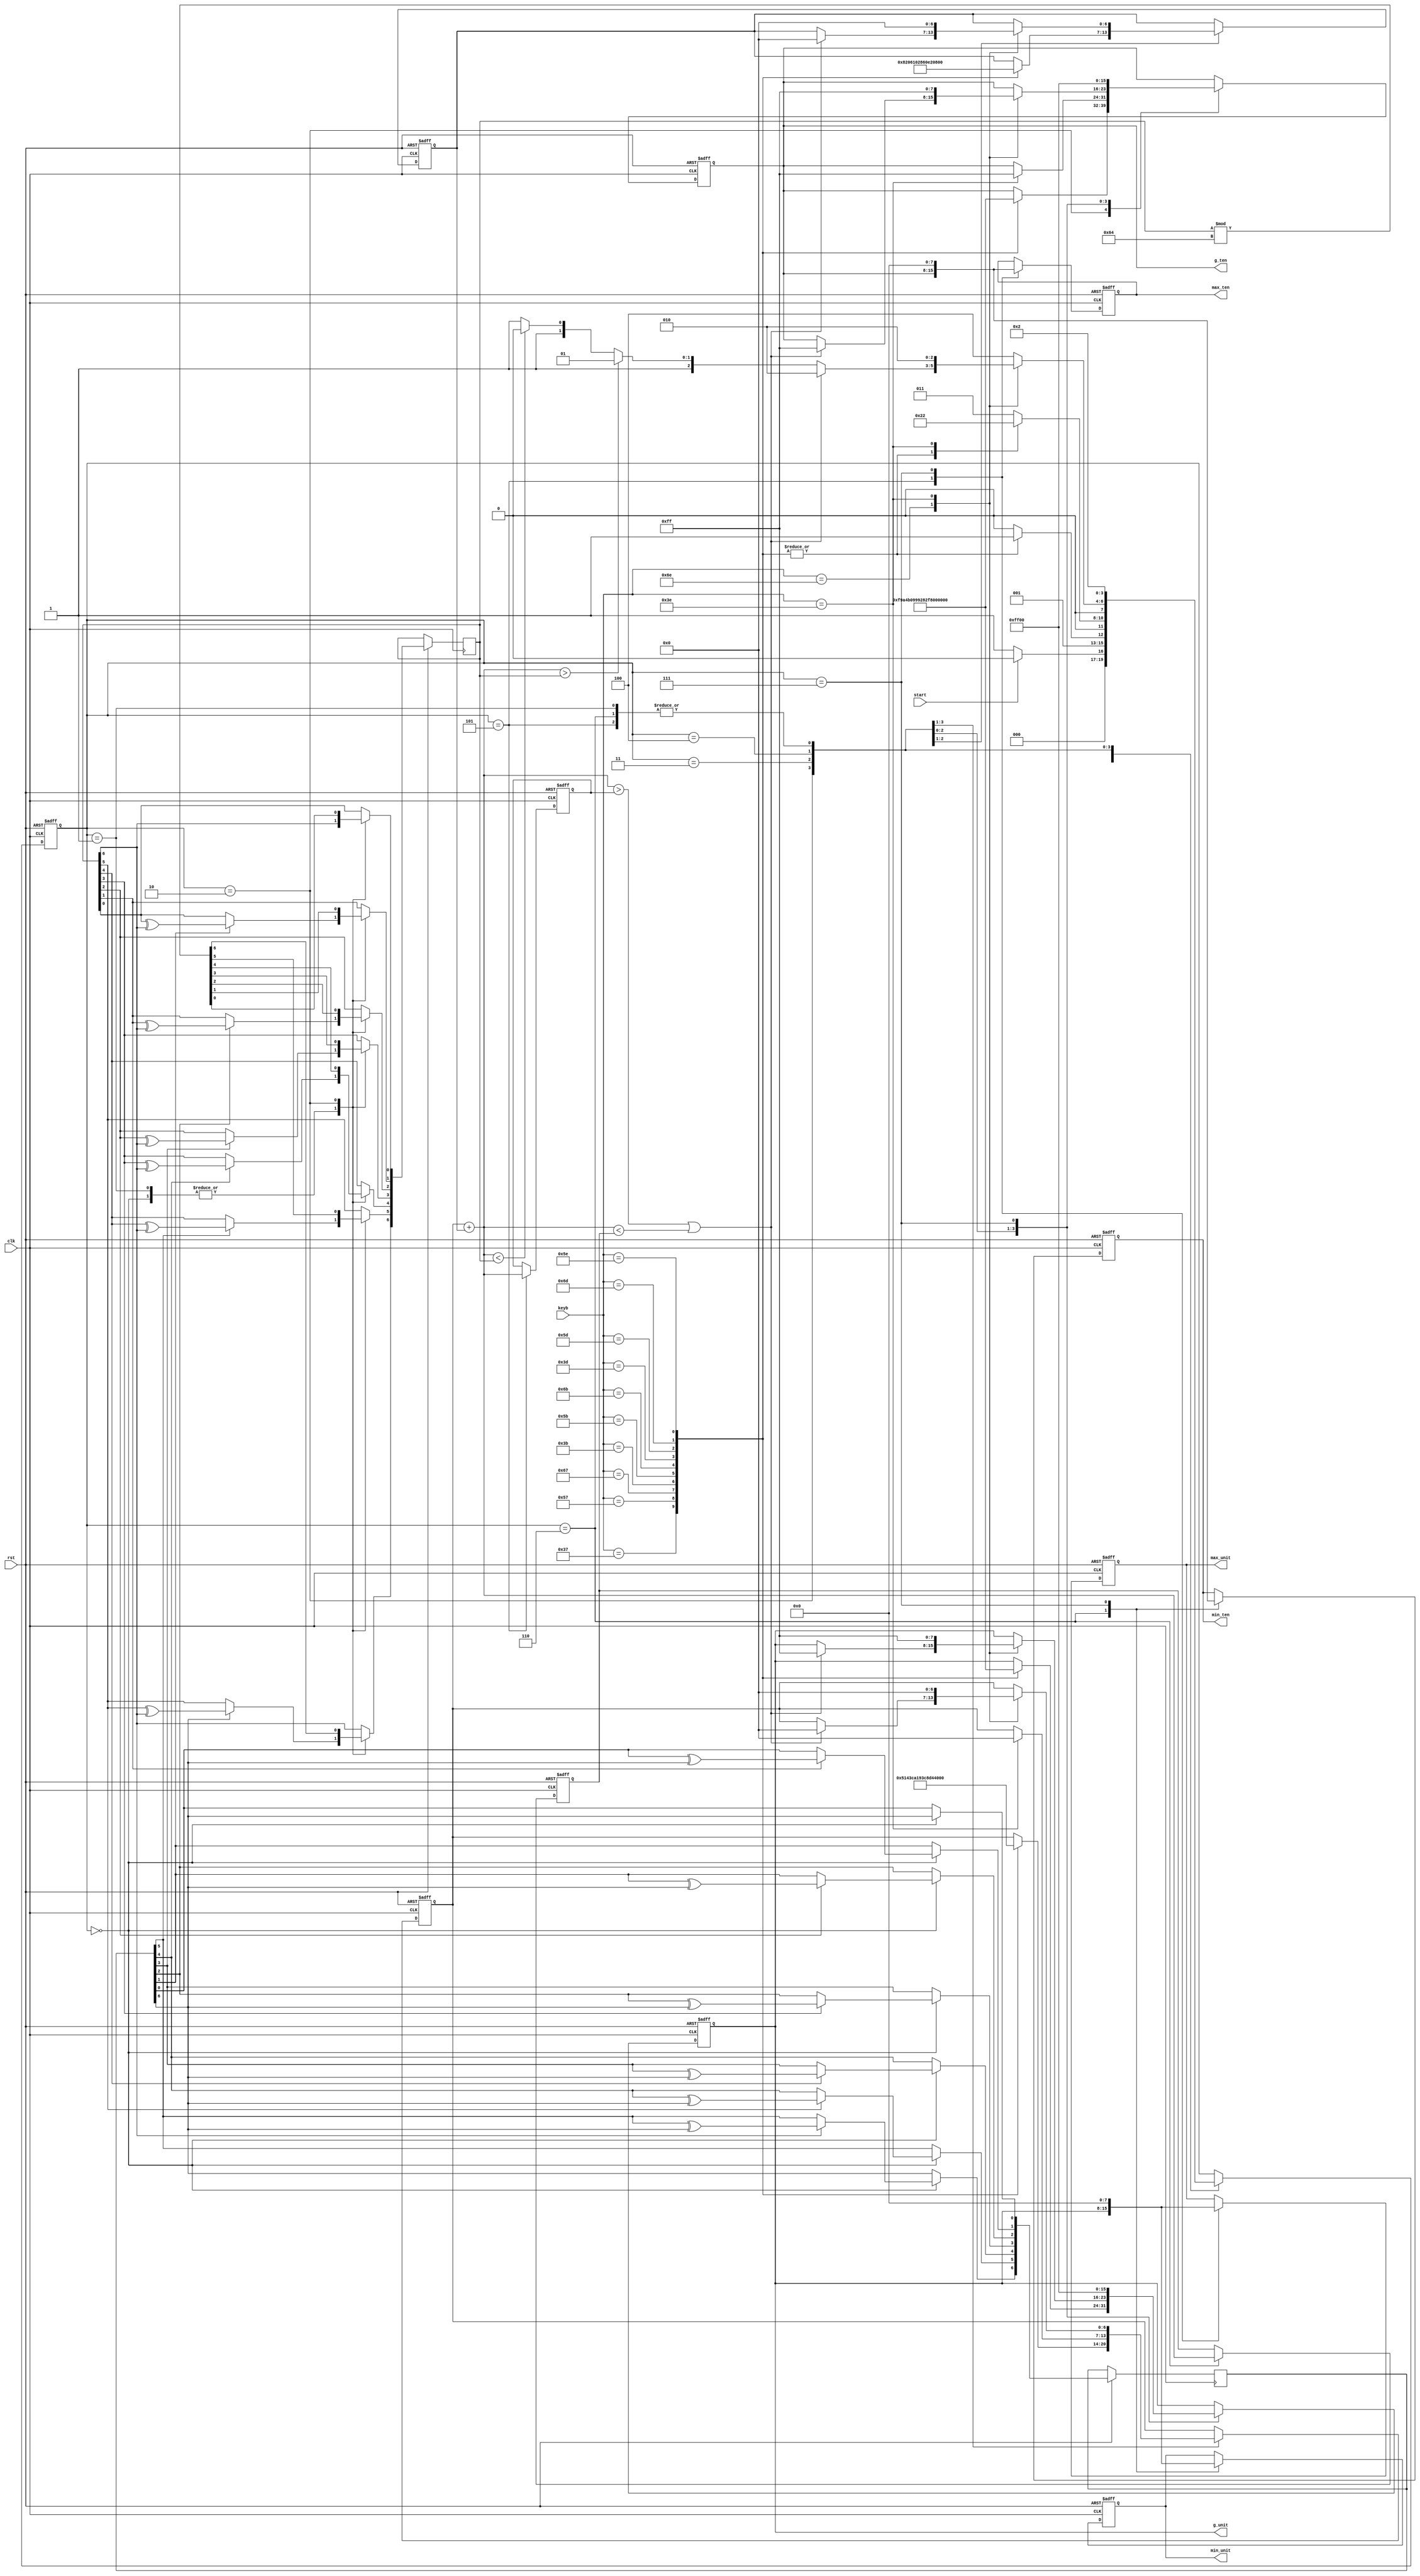
module gn(clk,rst,start,keyb,max_ten,max_unit,min_ten,min_unit,g_ten,g_unit);
input clk,rst,start;
input [6:0]keyb;
output reg [7:0]max_ten,max_unit,min_ten,min_unit,g_ten,g_unit;
reg [6:0]max_number,min_number,g_number_ten,g_number_unit;
reg [6:0]c_number=7'd43;
reg [3:0]state;
reg [6:0]seed=7'd93;
parameter zero=8'hC0,
		  one=8'hF9,
		  two=8'hA4,
		  three=8'hB0,
		  four=8'h99,
		  five=8'h92,
		  six=8'h82,
		  seven=8'hF8,
		  eight=8'h80,
		  nine=8'h90,
		  blank=8'hFF;

always @(posedge clk or negedge rst)
begin
	if(!rst)
	begin
		max_number=7'd99;
		min_number=7'd0;
		g_number_ten=7'd0;
		g_number_unit=7'd0;
		max_ten=nine;
		max_unit=nine;
		min_ten=zero;
		min_unit=zero;
		g_ten=8'd0;
		g_unit=8'd0;
		state=4'd0;
	end
	else
	begin
		case(state)
			4'd0:
			begin
				seed[0] <= seed[6];
				seed[1] <= (c_number[1])? seed[0]^seed[6]:seed[0];
				seed[2] <= (c_number[2])? seed[1]^seed[6]:seed[1];
				seed[3] <= (c_number[3])? seed[2]^seed[6]:seed[2];
				seed[4] <= (c_number[4])? seed[3]^seed[6]:seed[3];
				seed[5] <= (c_number[5])? seed[4]^seed[6]:seed[4];
				seed[6] <= (c_number[6])? seed[5]^seed[6]:seed[5];
				c_number[0] <= c_number[6];
				c_number[1] <= (seed[1])? c_number[0]^c_number[6]:c_number[0];
				c_number[2] <= (seed[2])? c_number[1]^c_number[6]:c_number[1];
				c_number[3] <= (seed[3])? c_number[2]^c_number[6]:c_number[2];
				c_number[4] <= (seed[4])? c_number[3]^c_number[6]:c_number[3];
				c_number[5] <= (seed[5])? c_number[4]^c_number[6]:c_number[4];
				c_number[6] <= (seed[6])? c_number[5]^c_number[6]:c_number[5];
				state = (start)? 4'd0:4'd1;
			end
			4'd1:
			begin
				c_number[0] <= c_number[6];
				c_number[1] <= (seed[1])? c_number[0]^c_number[6]:c_number[0];
				c_number[2] <= (seed[2])? c_number[1]^c_number[6]:c_number[1];
				c_number[3] <= (seed[3])? c_number[2]^c_number[6]:c_number[2];
				c_number[4] <= (seed[4])? c_number[3]^c_number[6]:c_number[3];
				c_number[5] <= (seed[5])? c_number[4]^c_number[6]:c_number[4];
				c_number[6] <= (seed[6])? c_number[5]^c_number[6]:c_number[5];
				g_ten=blank;
				g_unit=blank;
				state = 4'd2;
			end
			4'd2:
			begin
				c_number <= c_number%100;
				case(keyb)
					7'b0110111:
					begin
						g_number_ten=7'd10;
						g_ten=one;
						state=4'd3;
					end
					7'b1010111:
					begin
						g_number_ten=7'd20;
						g_ten=two;
						state=4'd3;
					end
					7'b1100111:
					begin
						g_number_ten=7'd30;
						g_ten=three;
						state=4'd3;
					end
					7'b0111011:
					begin
						g_number_ten=7'd40;
						g_ten=four;
						state=4'd3;
					end
					7'b1011011:
					begin
						g_number_ten=7'd50;
						g_ten=five;
						state=4'd3;
					end
					7'b1101011:
					begin
						g_number_ten=7'd60;
						g_ten=six;
						state=4'd3;
					end
					7'b0111101:
					begin
						g_number_ten=7'd70;
						g_ten=seven;
						state=4'd3;
					end
					7'b1011101:
					begin
						g_number_ten=7'd80;
						g_ten=eight;
						state=4'd3;
					end
					7'b1101101:
					begin
						g_number_ten=7'd90;
						g_ten=nine;
						state=4'd3;
					end
					7'b1011110:
					begin
						g_number_ten=7'd0;
						g_ten=zero;
						state=4'd3;
					end
					default: state=4'd2;
				endcase
			end
			4'd3:
			begin
				case(keyb)
					7'b0110111:
					begin
						g_number_unit=7'd1;
						g_unit=one;
						state=4'd4;
					end
					7'b1010111:
					begin
						g_number_unit=7'd2;
						g_unit=two;
						state=4'd4;
					end
					7'b1100111:
					begin
						g_number_unit=7'd3;
						g_unit=three;
						state=4'd4;
					end
					7'b0111011:
					begin
						g_number_unit=7'd4;
						g_unit=four;
						state=4'd4;
					end
					7'b1011011:
					begin
						g_number_unit=7'd5;
						g_unit=five;
						state=4'd4;
					end
					7'b1101011:
					begin
						g_number_unit=7'd6;
						g_unit=six;
						state=4'd4;
					end
					7'b0111101:
					begin
						g_number_unit=7'd7;
						g_unit=seven;
						state=4'd4;
					end
					7'b1011101:
					begin
						g_number_unit=7'd8;
						g_unit=eight;
						state=4'd4;
					end
					7'b1101101:
					begin
						g_number_unit=7'd9;
						g_unit=nine;
						state=4'd4;
					end
					7'b1011110:
					begin
						g_number_unit=7'd0;
						g_unit=zero;
						state=4'd4;
					end
					7'b0111110:
					begin
						g_number_ten=7'd0;
						g_ten=blank;
						state=4'd2;
					end
					default: state=4'd3;
				endcase
			end
			4'd4:
			begin
				case(keyb)
					7'b1101110:
					begin
						if((g_number_ten+g_number_unit>max_number)||(g_number_ten+g_number_unit<min_number)) 
						begin
							g_number_ten=7'd0;
							g_ten=blank;
							g_number_unit=7'd0;
							g_unit=blank;
							state=4'd2;
						end
						else if(g_number_ten+g_number_unit>c_number) state=4'd5;
						else if(g_number_ten+g_number_unit<c_number) state=4'd6;
						else state=4'd7;
					end
					7'b0111110:
					begin
					    g_number_ten=7'd0;
						g_ten=blank;
						g_number_unit=7'd0;
						g_unit=blank;
						state=4'd2;
					end
					default: state=4'd4;
				endcase
			end
			4'd5:
			begin
				max_ten=g_ten;
				max_unit=g_unit;
				max_number=g_number_ten+g_number_unit;
				g_ten=blank;
				g_unit=blank;
				state=4'd2;
			end
			4'd6:
			begin
				min_ten=g_ten;
				min_unit=g_unit;
				min_number=g_number_ten+g_number_unit;
				g_ten=blank;
				g_unit=blank;
				state=4'd2;
			end
			4'd7:
			begin
				max_ten=8'd0;
				max_unit=8'd0;
				min_ten=8'd0;
				min_unit=8'd0;
				g_ten=8'd0;
				g_unit=8'd0;
			end
		endcase
	end
	
end
endmodule